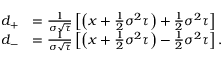
{ \begin{array} { r l } { d _ { + } } & { = { \frac { 1 } { \sigma { \sqrt { \tau } } } } \left[ \left( x + { \frac { 1 } { 2 } } \sigma ^ { 2 } \tau \right) + { \frac { 1 } { 2 } } \sigma ^ { 2 } \tau \right] } \\ { d _ { - } } & { = { \frac { 1 } { \sigma { \sqrt { \tau } } } } \left[ \left( x + { \frac { 1 } { 2 } } \sigma ^ { 2 } \tau \right) - { \frac { 1 } { 2 } } \sigma ^ { 2 } \tau \right] . } \end{array} }